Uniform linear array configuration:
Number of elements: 48
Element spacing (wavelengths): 1
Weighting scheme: kaiser
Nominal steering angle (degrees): -60
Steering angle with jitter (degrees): -58.932
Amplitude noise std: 0.05
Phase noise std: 0.05

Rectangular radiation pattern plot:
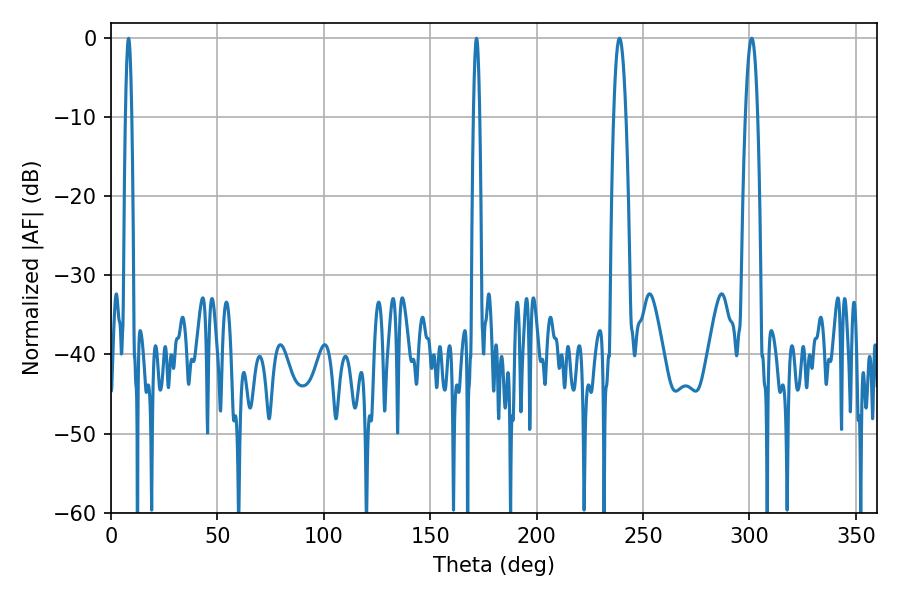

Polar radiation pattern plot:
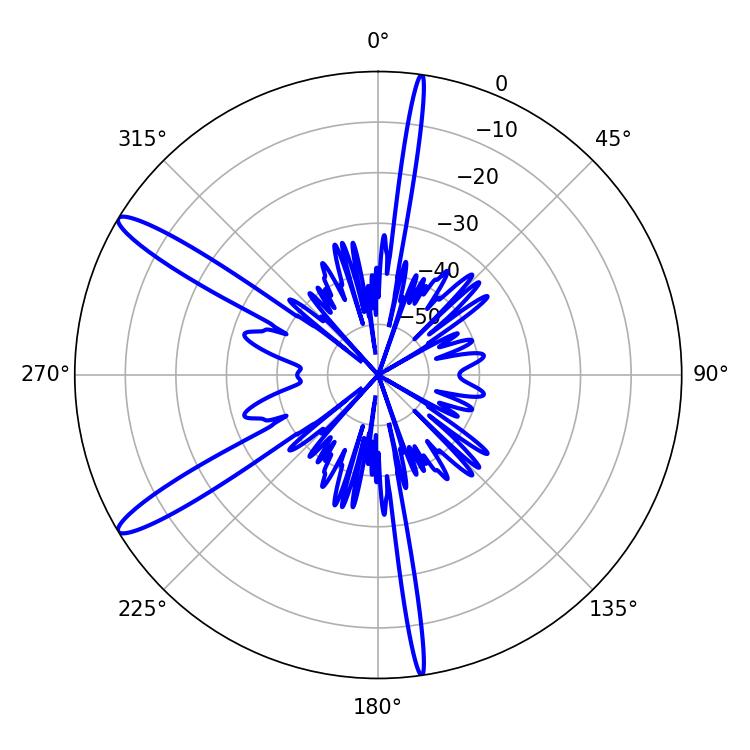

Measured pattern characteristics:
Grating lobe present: TRUE
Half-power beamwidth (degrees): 1.44
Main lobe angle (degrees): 8.28